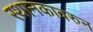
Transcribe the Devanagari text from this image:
स्थानकावरुन